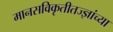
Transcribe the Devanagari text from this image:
मानसविकृतीतज्ज्ञांच्या